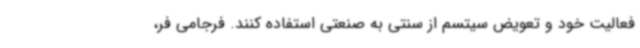
فعالیت خود و تعویض سیتسم از سنتی به صنعتی استفاده کنند. فرجامی فر،